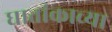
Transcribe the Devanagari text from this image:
घातांकाच्या